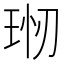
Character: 𤥊